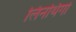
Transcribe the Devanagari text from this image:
लिनथिगो